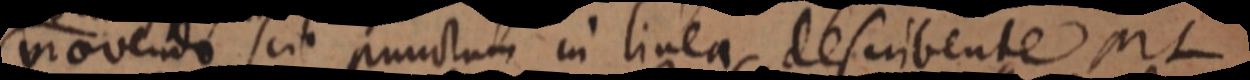
movendo scit punctum in linea describente ML